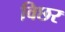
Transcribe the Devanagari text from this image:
विछर